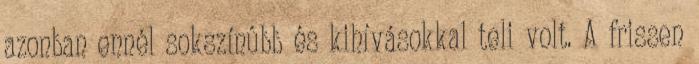
azonban ennél sokszínûbb és kihívásokkal teli volt. A frissen